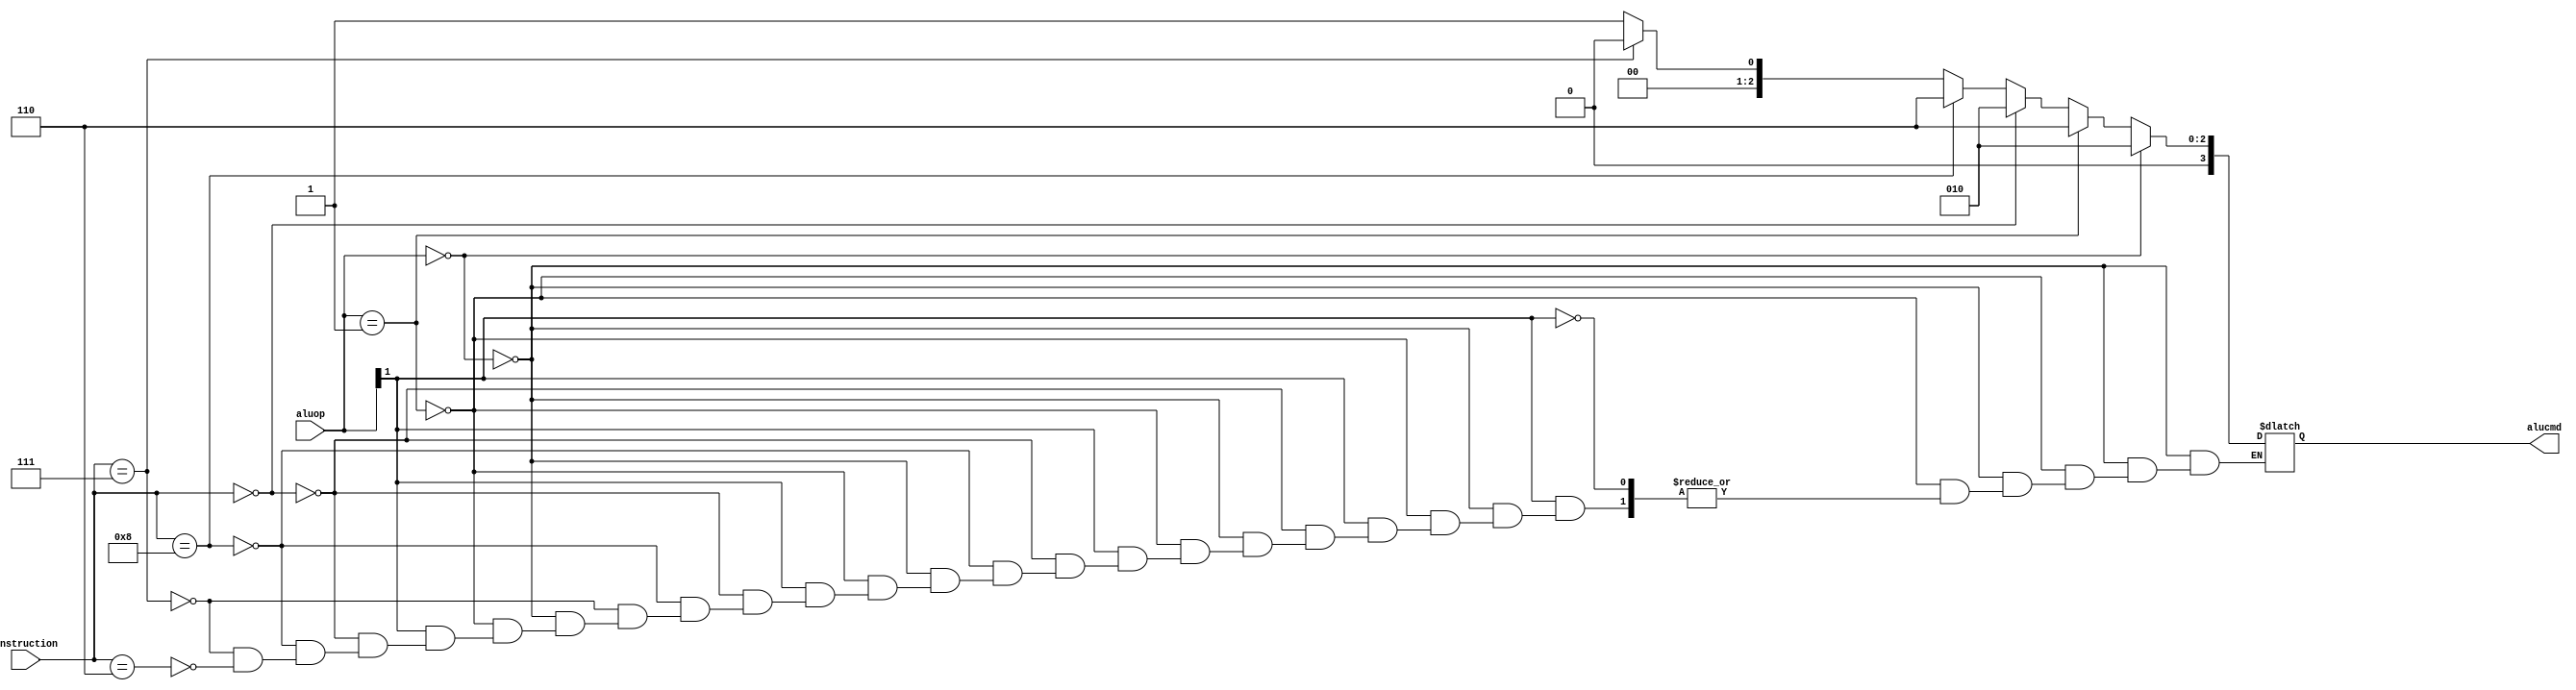
module alu_control (
  input [3:0] instruction, // instruction bits: 30, 14, 13, 12
  input [1:0] aluop,       // signal from the control unit
  output reg [3:0] alucmd  // singal for alu operation
);
  localparam
    AND = 4'b0000,
    OR  = 4'b0001,
    ADD = 4'b0010,
    SUB = 4'b0110;

  always @(*)
  begin
    if (aluop == 2'b00)     alucmd = ADD;
    else if (aluop == 2'b01) alucmd = SUB;
    else if (aluop[1])
    begin
      if (instruction == 4'b0_000)      alucmd = ADD;
      else if (instruction == 4'b1_000) alucmd = SUB;
      else if (instruction == 4'b0_111) alucmd = AND;
      else if (instruction == 4'b0_110) alucmd = OR;
    end
  end

endmodule